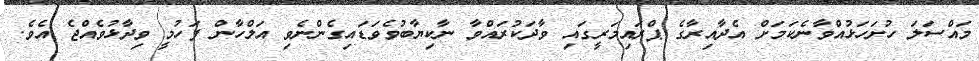
މައްސަލަ ހުށަހަޅުއްވާނެކަމަށް އެދާއިރާގެ ޕްރައިމަރީގައި ވާދަކުރައްވާ ނާކިޔާބުވެވަޑައިގެންނެވި އަލްހާން ފަހުމީ ވިދާޅުވެއްޖެ އެވެ.